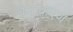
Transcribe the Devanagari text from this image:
वैयाकरणं